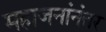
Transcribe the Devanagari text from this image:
महाजनांनंतर